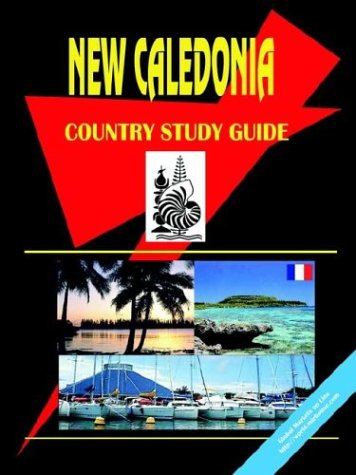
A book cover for New Caledonia Country Study Guide; Ibp Usa; Travel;